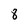
Character: 8